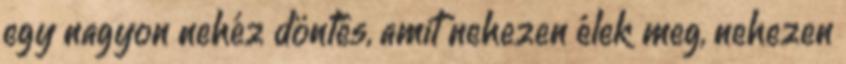
egy nagyon nehéz döntés, amit nehezen élek meg, nehezen